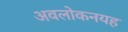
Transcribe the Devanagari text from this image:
अवलोकनयह